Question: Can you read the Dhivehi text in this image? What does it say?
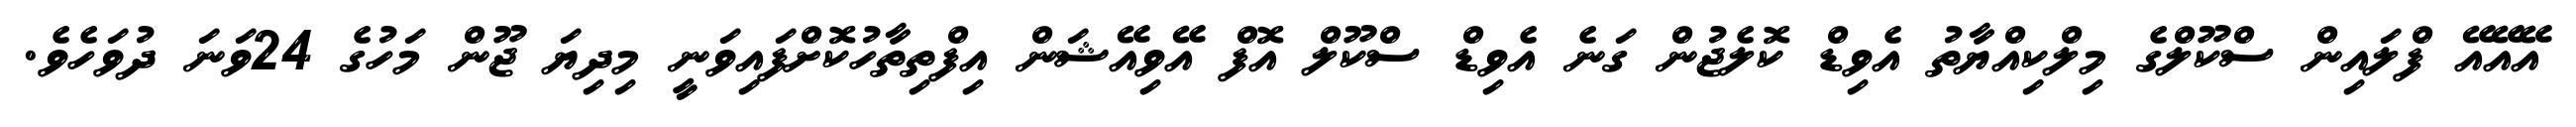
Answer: އޭއޭއޭ ފްލައިން ސްކޫލްގެ މިލްކިއްޔާތު އެވިޑް ކޮލެޖުން ގަނެ އެވިޑް ސްކޫލް އޮފް އޭވިއޭޝަން އިފްތިތާހުކޮށްފައިވަނީ މިދިޔަ ޖޫން މަހުގެ 24ވަނަ ދުވަހެވެ.